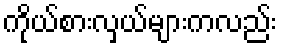
ကိုယ်စားလှယ်များကလည်း